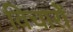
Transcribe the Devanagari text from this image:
विचारोें